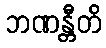
ဘဏန္တီတိ